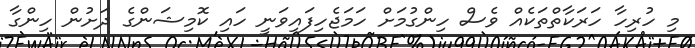
މި ހުރިހާ ހަރަކާތްތަކެއް ވެސް ހިންގުމަށް ހަމަޖެހިފައިވަނީ ހައި ކޮމިޝަންގެ ދަށުން ހިންގާ